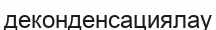
деконденсациялау